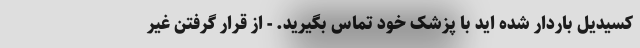
کسیدیل باردار شده اید با پزشک خود تماس بگیرید. - از قرار گرفتن غیر